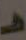
هـ